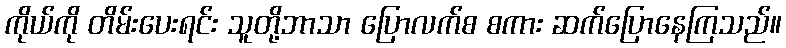
ကိုယ်ကို တိမ်းပေးရင်း သူတို့ဘာသာ ပြောလက်စ စကား ဆက်ပြောနေကြသည်။